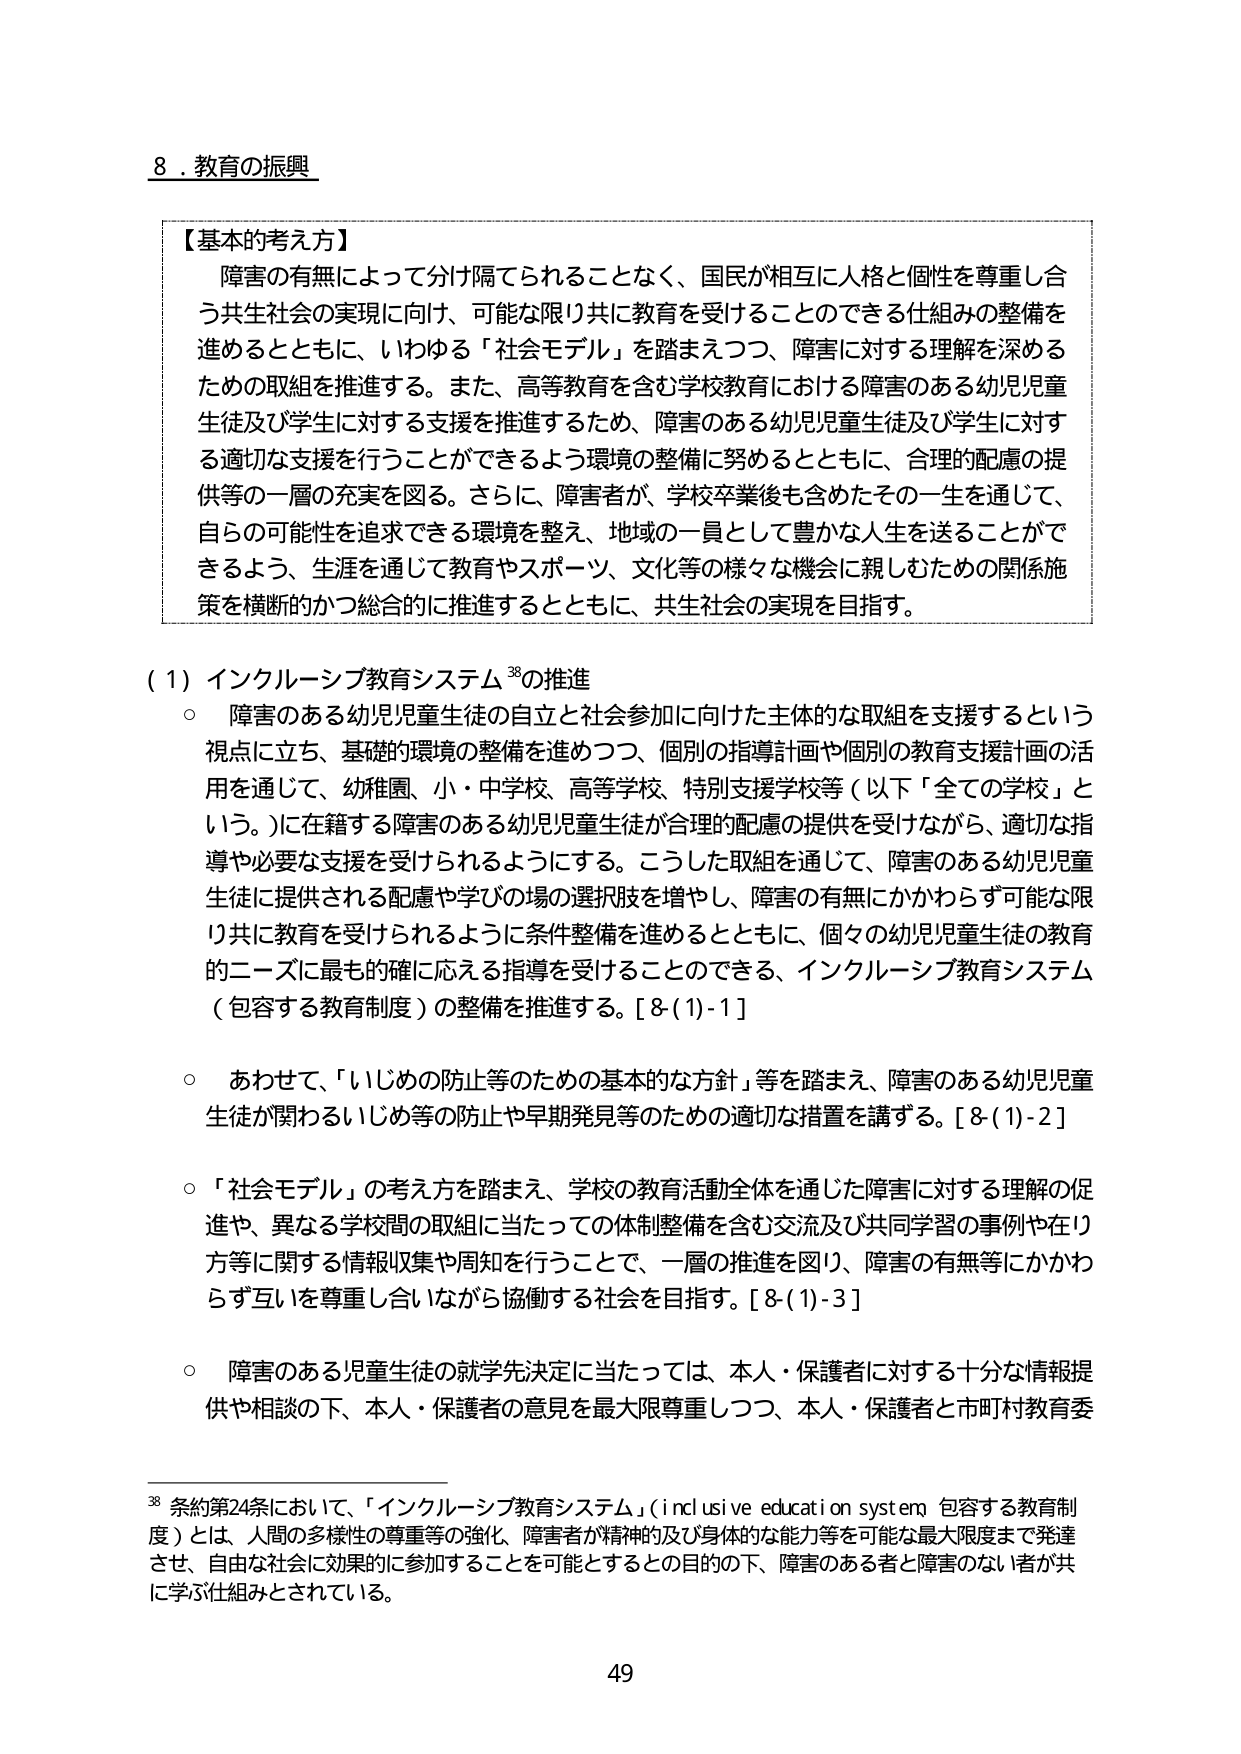
8．教育の振興

【基本的考え方】
障害の有無によって分け隔てられることなく、国民が相互に人格と個性を尊重し合う共生社会の実現に向け、可能な限り共に教育を受けることのできる仕組みの整備を進めるとともに、いわゆる「社会モデル」を踏まえつつ、障害に対する理解を深めるための取組を推進する。また、高等教育を含む学校教育における障害のある幼児児童生徒及び学生に対する支援を推進するため、障害のある幼児児童生徒及び学生に対する適切な支援を行うことができるよう環境の整備に努めるとともに、合理的配慮の提供等の一層の充実を図る。さらに、障害者が、学校卒業後も含めたその一生を通じて、自らの可能性を追求できる環境を整え、地域の一員として豊かな人生を送ることができるよう、生涯を通じて教育やスポーツ、文化等の様々な機会に親しむための関係施策を横断的かつ総合的に推進するとともに、共生社会の実現を目指す。

（1）インクルーシブ教育システム³⁸の推進
○ 障害のある幼児児童生徒の自立と社会参加に向けた主体的な取組を支援するという視点に立ち、基礎的環境の整備を進めつつ、個別の指導計画や個別の教育支援計画の活用を通じて、幼稚園、小・中学校、高等学校、特別支援学校等（以下「全ての学校」という。）に在籍する障害のある幼児児童生徒が合理的配慮の提供を受けながら、適切な指導や必要な支援を受けられるようにする。こうした取組を通じて、障害のある幼児児童生徒に提供される配慮や学びの場の選択肢を増やし、障害の有無にかかわらず可能な限り共に教育を受けられるように条件整備を進めるとともに、個々の幼児児童生徒の教育的ニーズに最も的確に応える指導を受けることのできる、インクルーシブ教育システム（包容する教育制度）の整備を推進する。[8-(1)-1]

○ あわせて、「いじめの防止等のための基本的な方針」等を踏まえ、障害のある幼児児童生徒が関わるいじめ等の防止や早期発見等のための適切な措置を講ずる。[8-(1)-2]

○ 「社会モデル」の考え方を踏まえ、学校の教育活動全体を通じた障害に対する理解の促進や、異なる学校間の取組に当たっての体制整備を含む交流及び共同学習の事例や在り方等に関する情報収集や周知を行うことで、一層の推進を図り、障害の有無等にかかわらず互いを尊重し合いながら協働する社会を目指す。[8-(1)-3]

○ 障害のある児童生徒の就学先決定に当たっては、本人・保護者に対する十分な情報提供や相談の下、本人・保護者の意見を最大限尊重しつつ、本人・保護者と市町村教育委

³⁸ 条約第24条において、「インクルーシブ教育システム」（inclusive education system 包容する教育制度）とは、人間の多様性の尊重等の強化、障害者が精神的及び身体的な能力等を可能な最大限度まで発達させ、自由な社会に効果的に参加することを可能とするとの目的の下、障害のある者と障害のない者が共に学ぶ仕組みとされている。

49